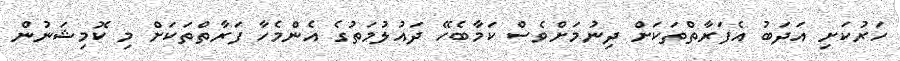
ހަރުކަށި އަދަބު އެފަރާތްތަކަށް ދިނުމަށްވެސް ކަމާބެހޭ ދައުލުމަތުގެ އެންމެހާ ފަރާތްތަކަށް މި ކޮމިޝަނުން